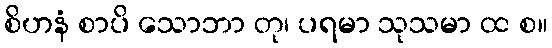
စိဟနံ စာပိ သောဘာ တု၊ ပရမာ သုသမာ ထ စ။